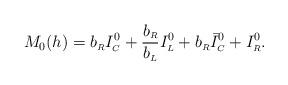
LaTeX: \begin{align*}M_0(h) = b_{\scriptscriptstyle R} I^{0}_{\scriptscriptstyle C}+\frac{b_{\scriptscriptstyle R}}{b_{\scriptscriptstyle L}}I^{0}_{\scriptscriptstyle L}+b_{\scriptscriptstyle R} \bar I^{0}_{\scriptscriptstyle C}+I^{0}_{\scriptscriptstyle R}. \end{align*}